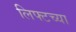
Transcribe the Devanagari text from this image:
लिफ्टच्या